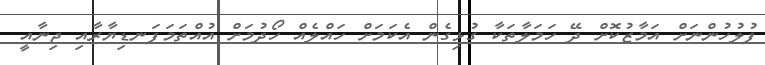
ފުލުހުންނަށް އަމާޒުކޮށް ދޭ ހަމަލާތަކާ ގުޅިގެން އެކަމަށް ހައްލެއް ހޯދުމަށް އުއްތަމަފަނޑިޔާރާއި ޖިނާއީ